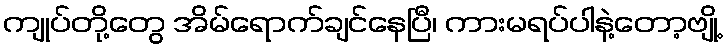
ကျုပ်တို့တွေ အိမ်ရောက်ချင်နေပြီ၊ ကားမရပ်ပါနဲ့တော့ဗျို့